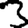
Digit: 3